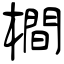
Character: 橺